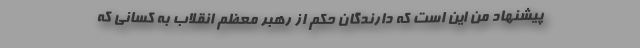
پیشنهاد من این است که دارندگان حکم از رهبر معظم انقلاب به کسانی که